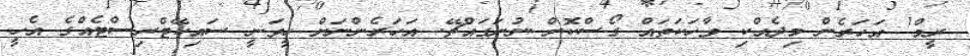
ރީމް! އަހަރެން މިދެއްކި ވާހަކަތައް ގޯސްކޮށް ނުނަގައްޗޭ. އަހަރެންނަށް ހީވަނީ ސައިކޭޓްރިސްޓެއްގެ އެހީ